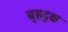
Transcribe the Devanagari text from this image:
बृहदृक्ष